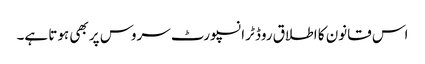
اس قانون کا اطلاق روڈ ٹرانسپورٹ سروس پر بھی ہوتا ہے۔